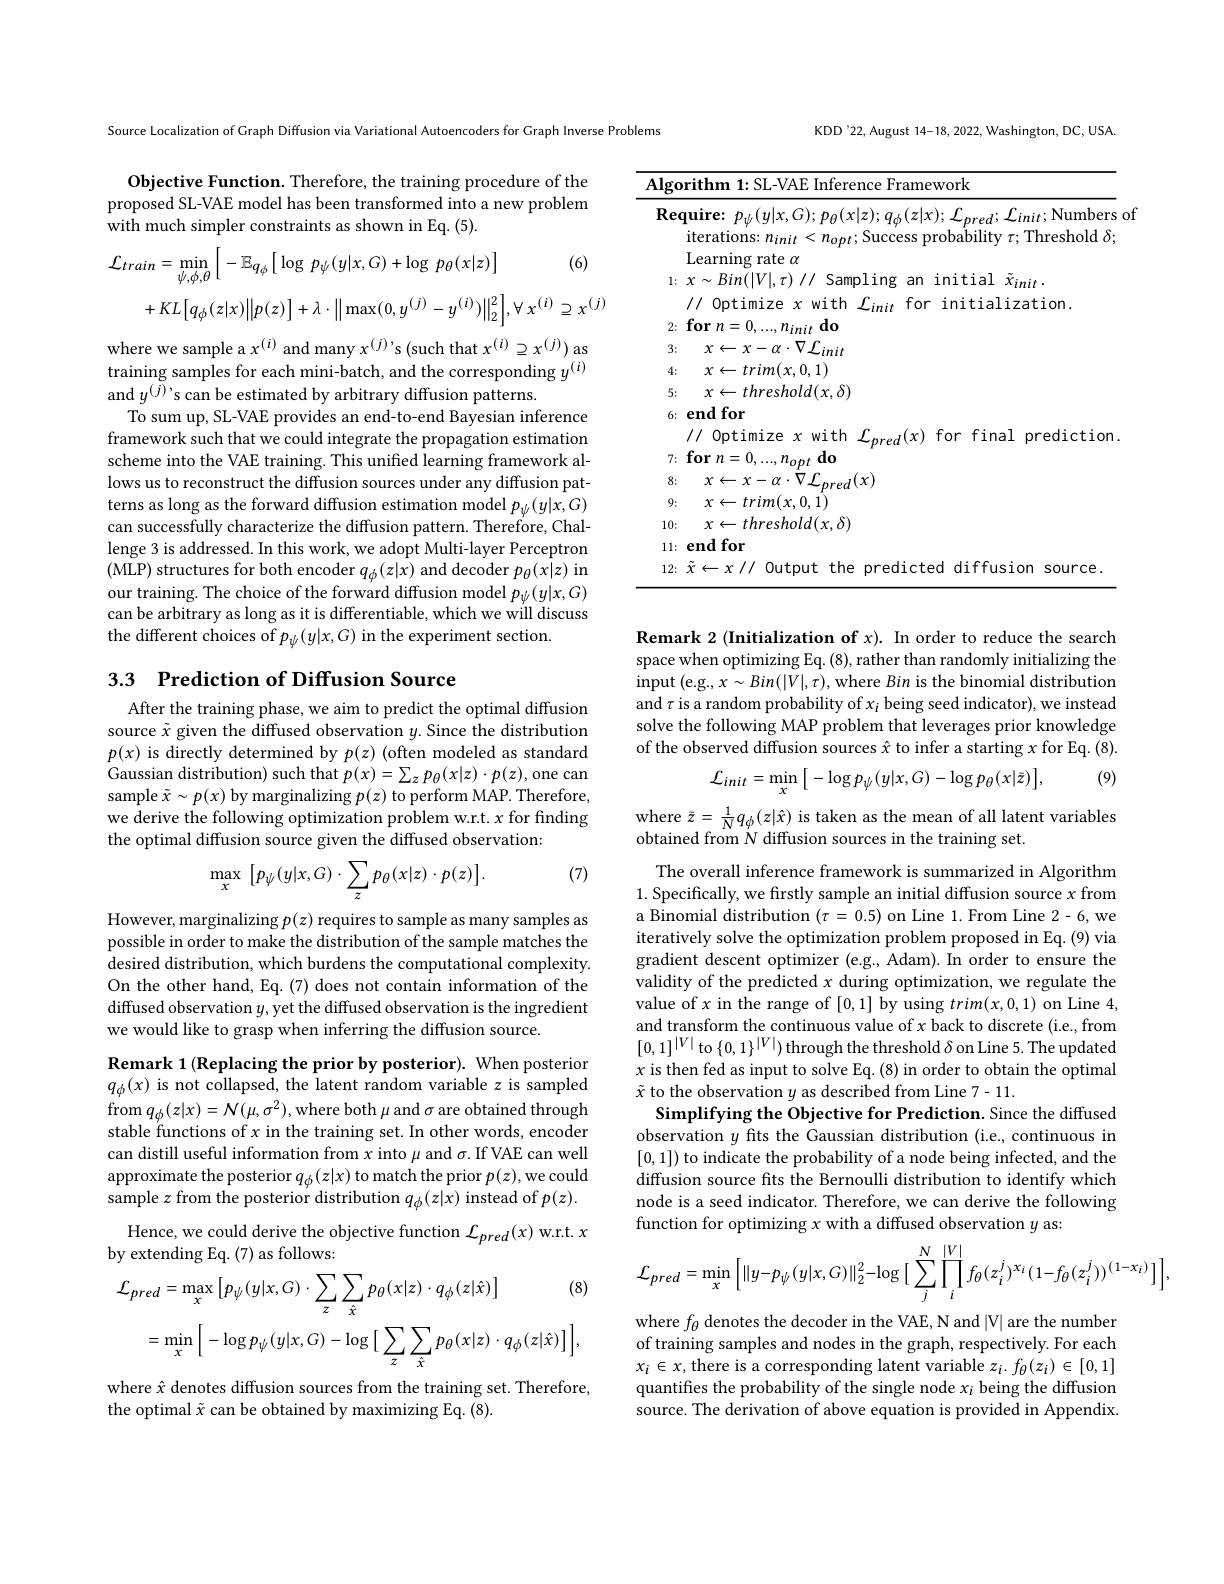
Source Localization of Graph Diffusion via Variational Autoencoders for Graph Inverse Problems

## Objective Function. Therefore, the training procedure of the proposed SL-VAE model has been transformed into a new problem with much simpler constraints as shown in Eq.(5).
$$\begin{aligned}\mathcal{L}_{train}&=\operatorname*{min}_{\psi,\phi,\theta}\Big[\:-\mathbb{E}_{q_{\phi}}\Big[\:\log\:p_{\psi}(y|x,G)+\log\:p_{\theta}(x|z)\Big]\quad(6)\\&+KL\big[q_{\phi}(z|x)\big\|p(z)\big]+\lambda\cdot\big\|\max(0,y^{(j)}-y^{(i)})\big\|_{2}^{2}\big],\forall\:x^{(i)}\supseteq x^{(j)}\end{aligned}$$
where we sample a $x^{(i)}$ and many $x^{(j)}$'s (such that $x^{(i)}\supseteq x^{(j)})$ as $\dot{\text{training samples for each mini-batch, and the corresponding }y}^{(i)}$ and $y^{(\tilde{j}),}$s can be estimated by arbitrary diffusion patterns
To sum up, SL-VAE provides an end-to-end Bayesian inference framework such that we could integrate the propagation estimation scheme into the VAE training. This unified learning framework allows us to reconstruct the diffusion sources under any diffusion patterns as long as the forward diffusion estimation model $p_\psi(y|x,G)$ can successfully characterize the diffusion pattern. Therefore, Challenge 3 is addressed. In this work, we adopt Multi-layer Perceptron (MLP) structures for both encoder $q_\phi(z|x)$ and decoder $p_\theta(x|z)$ in our training. The choice of the forward diffusion model $p_\psi(y|x,G)$ can be arbitrary as long as it is differentiable, which we will discuss the different choices of $p_\psi(y|x,G)$ in the experiment section.

3.3 Prediction of Diffusion Source

After the training phase, we aim to predict the optimal diffusion source $\tilde{x}$ given the diffused observation $y.$ Since the distribution $p(x)$ is directly determined by $p(z)$ (often modeled as standard Gaussian distribution) such that $p(x)=\sum_zp_\theta(x|z)\cdot p(z)$, one can sample $\tilde{x}\sim p(x)$ by marginalizing $p(z)$ to perform MAP. Therefore, we derive the following optimization problem w.r.t. $x$ for finding the optimal diffusion source given the diffused observation:

(7)
$$\max_{x}\:\Big[p_{\psi}(y|x,G)\cdot\sum_{z}p_{\theta}(x|z)\cdot p(z)\Big].$$
However, marginalizing $p(z)$ requires to sample as many samples as possible in order to make the distribution of the sample matches the desired distribution, which burdens the computational complexity. On the other hand, Eq. (7) does not contain information of the diffused observation $y$, yet the diffused observation is the ingredient we would like to grasp when inferring the diffusion source.

Remark 1(Replacing the prior by posterior). When posterior $q_\phi(x)$ is not collapsed, the latent random variable $z$ is sampled $\operatorname{from}q_{\phi}(z|x)=\mathcal{N}(\mu,\sigma^{2})$,where both$\mu$and$\sigma$are obtained through stable functions of $x$ in the training set. In other words, encoder can distill useful information from $x$ into $\mu$ and $\sigma.$ If VAE can well approximate the posterior $q_\phi(z|x)$ to match the prior $p(z)$,we could sample $z$ from the posterior distribution $q_\phi(z|x)$ instead of $p(z).$
Hence, we could derive the objective function $\mathcal{L}_pred(x)$ w.r.t. $x$
by extending Eq. (7) as follows:
$$\begin{aligned}\mathcal{L}_{pred}&=\max_{x}\left[p_{\psi}(y|x,G)\cdot\sum_{z}\sum_{\hat{x}}p_{\theta}(x|z)\cdot q_{\phi}(z|\hat{x})\right]&\text{(8)}\\&=\min_{x}\Big[-\log p_{\psi}(y|x,G)-\log\Big[\sum_{z}\sum_{\hat{x}}p_{\theta}(x|z)\cdot q_{\phi}(z|\hat{x})\Big]\Big],\end{aligned}$$
where $\hat{x}$ denotes diffusion sources from the training set. Therefore,
the optimal $\tilde{x}$ can be obtained by maximizing Eq. (8)

KDD'22, August 14-18, 2022, Washington, DC, USA.

<table>
	<tbody>
		<tr>
			<td>$\overline{\mathbf{Alg}}$</td>
			<td>Framework</td>
		</tr>
		<tr>
			<td>$Re$</td>
			<td>equire: $p_\psi(y|x,G);p_\theta(x|z);q_\phi(z|x);{\mathcal L}_{pred};{\mathcal L}_{init};$Numbers o iterations: $n_init<n_{opt};$ Success probability $\tau;$ Threshold $\delta;$</td>
		</tr>
		<tr>
			<td>1:</td>
			<td>$:x\sim Bin(|V|,\tau)//$ Sampling an initial $\tilde{x}_{init}.$ // Optimize $x$ with $\mathcal L_init$ , for initialization.</td>
		</tr>
		<tr>
			<td>3:</td>
			<td>3: $x\leftarrow x-\alpha\cdot\nabla{\mathcal L}_{init}$</td>
		</tr>
		<tr>
			<td>4:</td>
			<td>1: $x\leftarrow trim(x,0,1)$</td>
		</tr>
		<tr>
			<td>6:</td>
			<td>${\mathbf{endfor}}$ $\parallel$ Optimize $x$ with J red$(x)$ for final prediction.</td>
		</tr>
		<tr>
			<td>7:</td>
			<td>$\textbf{for}n= 0$ $0,\ldots,i$ $n_{opt}$ $do$</td>
		</tr>
		<tr>
			<td>8:</td>
			<td>$x\leftarrow x-\alpha\cdot\nabla f$ $red(x)$ $\{:$</td>
		</tr>
		<tr>
			<td>9:</td>
			<td>$x\leftarrow trim(x,0,1)$ 2:</td>
		</tr>
		<tr>
			<td>10:</td>
			<td>$j:$ $x\leftarrow threshold(x,\delta)$</td>
		</tr>
		<tr>
			<td>12:</td>
			<td>fiffusior source</td>
		</tr>
	</tbody>
</table>

Remark 2 (Initialization of $x).$ In order to reduce the search space when optimizing Eq. (8), rather than randomly initializing the $\hat{\mathrm{input}}($e.g., $x\sim Bin(|V|,\tau)$,where Bin is the binomial distribution and $\tau$ is a random probability of $x_i$ being seed indicator), we instead solve the following MAP problem that leverages prior knowledge of the observed diffusion sources $\hat{x}$ to infer a starting $x$ for Eq.(8).

(9)
$$\mathcal{L}_{init}=\min_{x}\Big[\:-\log p_{\psi}(y|x,G)-\log p_{\theta}(x|\bar{z})\Big],$$
where $\bar{z}=\frac1Nq_\phi(z|\hat{x})$ is taken as the mean of all latent variables
obtained from N diffusion sources in the training set.

The overall inference framework is summarized in Algorithm 1. Specifically, we firstly sample an initial diffusion source $x$ from a Binomial distribution $(\tau=0.5)$ on Line 1.From Line 2-6, we iteratively solve the optimization problem proposed in Eq. (9) via gradient descent optimizer (e.g., Adam). In order to ensure the validity of the predicted $x$ during optimization, we regulate the value of $x$ in the range of [0,1] by using $trim(x,0,1)$ on Line 4, and transform the continuous value of $x$ back to discrete (i.e., from $[0,1]^{|V|}$ to $\{0,1\}^|V|)$ through the threshold $\delta$ on Line 5. The updated $x$ is then fed as input to solve Eq.(8) in order to obtain the optimal $\tilde{x}$ to the observation $y$ as described from Line 7-11.
Simplifying the Objective for Prediction. Since the diffused observation $y$ fits the Gaussian distribution (i.e, continuous in [0,1]) to indicate the probability of a node being infected, and the diffusion source fts the Bernoulli distribution to identify which node is a seed indicator. Therefore, we can derive the following function for optimizing $x$ with a diffused observation $y$ as:
$$\mathcal{L}_{pred}=\min_{x}\Big[\|y-p_{\psi}(y|x,G)\|_{2}^{2}-\log\Big[\sum_{j}^{N}\prod_{i}^{|V|}f_{\theta}(z_{i}^{j})^{x_{i}}(1-f_{\theta}(z_{i}^{j}))^{(1-x_{i})}\Big]\Big],$$
where $f_\theta$ denotes the decoder in the VAE, N and |V| are the number of training samples and nodes in the graph, respectively. For each $x_i\in x$,there is a corresponding latent variable $z_i.f_\theta(z_i)\in[0,1]$ quantifies the probability of the single node $x_i$ being the diffusion source. The derivation of above equation is provided in Appendix